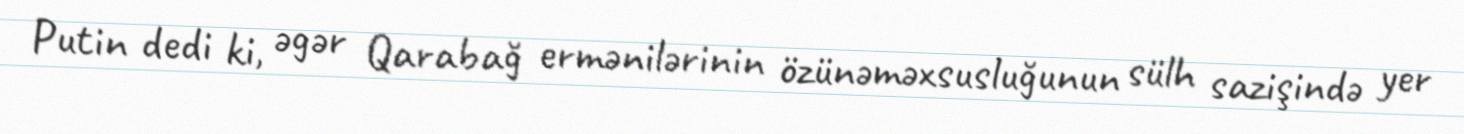
Putin dedi ki, əgər Qarabağ ermənilərinin özünəməxsusluğunun sülh sazişində yer